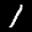
Label: 1